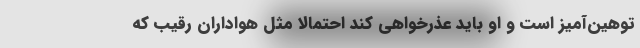
توهین‌آمیز است و او باید عذرخواهی کند احتمالاً مثل هواداران رقیب که